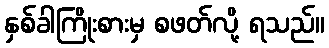
နှစ်ခါကြိုးစားမှ စဖတ်လို့ ရသည်။